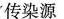
传染源